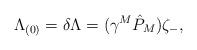
LaTeX: \begin{align*}{\Lambda_{(0)} = \delta \Lambda = (\gamma^M \hat P_M) \zeta_{-}, }\end{align*}